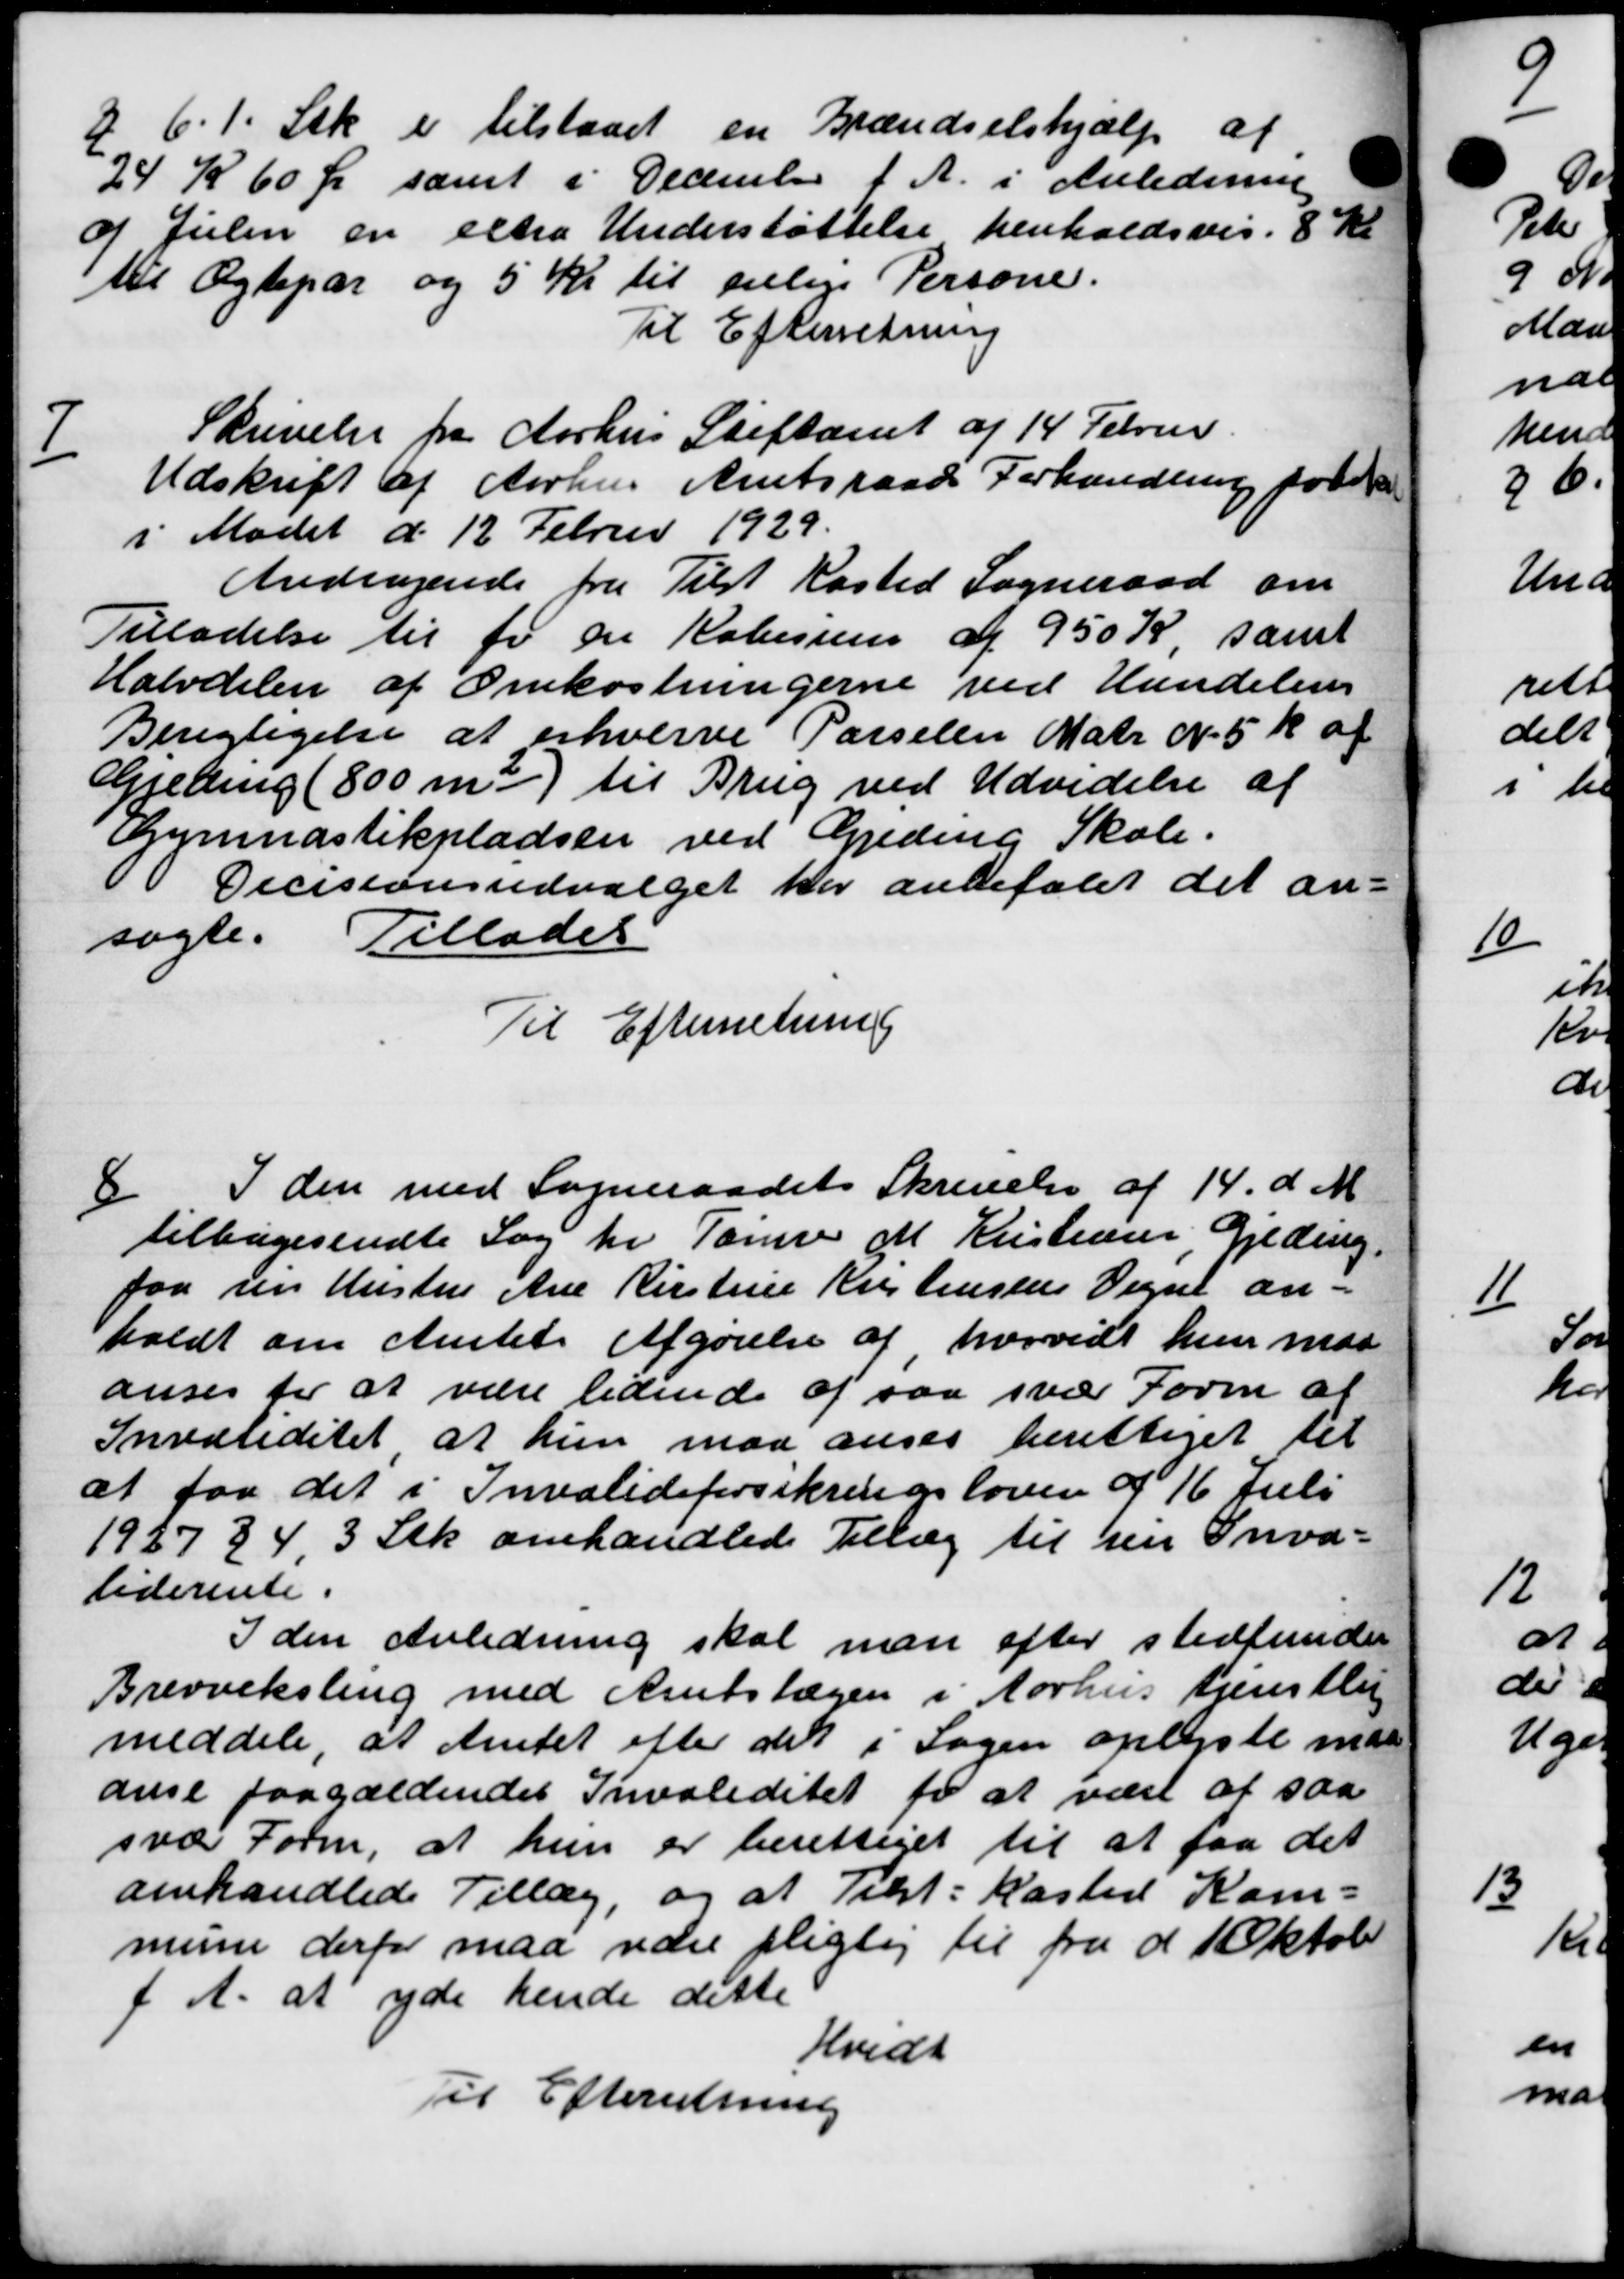
Transskription:
6. 1. Stk er tilstaaet en Brændselshjælp af
24 K 60 Øre samt i December f. A. i Anledning
af Julen en extra Understøttelse henholdsvis. 8 Kr
til Ægtepar og 5 Kr til villige Persone.
Til Efterretning
7
Skrivelse fra Aarhus Stiftamt af 14 Februa
Udskrift af Aarhus Amtsraads Forhandling for
i Mødet d. 12 Februar 1929.
Andragende fra Tilst Kasted Sogneraad om
Tilladelse til for en Købesum af 950 Kr, samt
Halvdelen af Omkostningerne ved Hundelin
Berigtigelse at erhverve Parselen Matr N. 5 k af
Greding (800 m3) til Brug ved Udvidelse af
Gemnastikpladsen ved Geding Skole.
Decisionsudvalget har anbefalet det an-
søgte. Tillades
Til Efterretning
8
I den med Sogneraadets Skrivelse af 14. d. M
tilbagesendte Sag for Tømrer M. Kristensen, Gjeding.
paa sin Hustru Ane Kirstine Kristensens Vegne an-
holdt om Amtets Afgørelse af hvorvidt hun maa
anses for at være lidende af saa svar Form at
Invaliditet at hun maa anses berettiget til
at faa det i Invalideforsikringsloven d 16 Juli
1937 34, 3 Stk. omhandlede Tillæg til hen Inva-
liderente.
I den Anledning skal man efter stedfunder
Brevveksling med Amtslægen i Aarhus tjenstli
meddele, at Amtet efter det i Sagen oplyste maa
anse paagældendes Invaliditet for at væst at saa
svar Form, at hun er berettiget til at faa det
omhandlede Tillæg, og at Tekst: Kasted Kom-
mune derfor maa være pligtig til fra d 1 Oktober
f. A. at yde hende dette
Hvidt
Til Efterretning